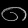
Digit: ၈